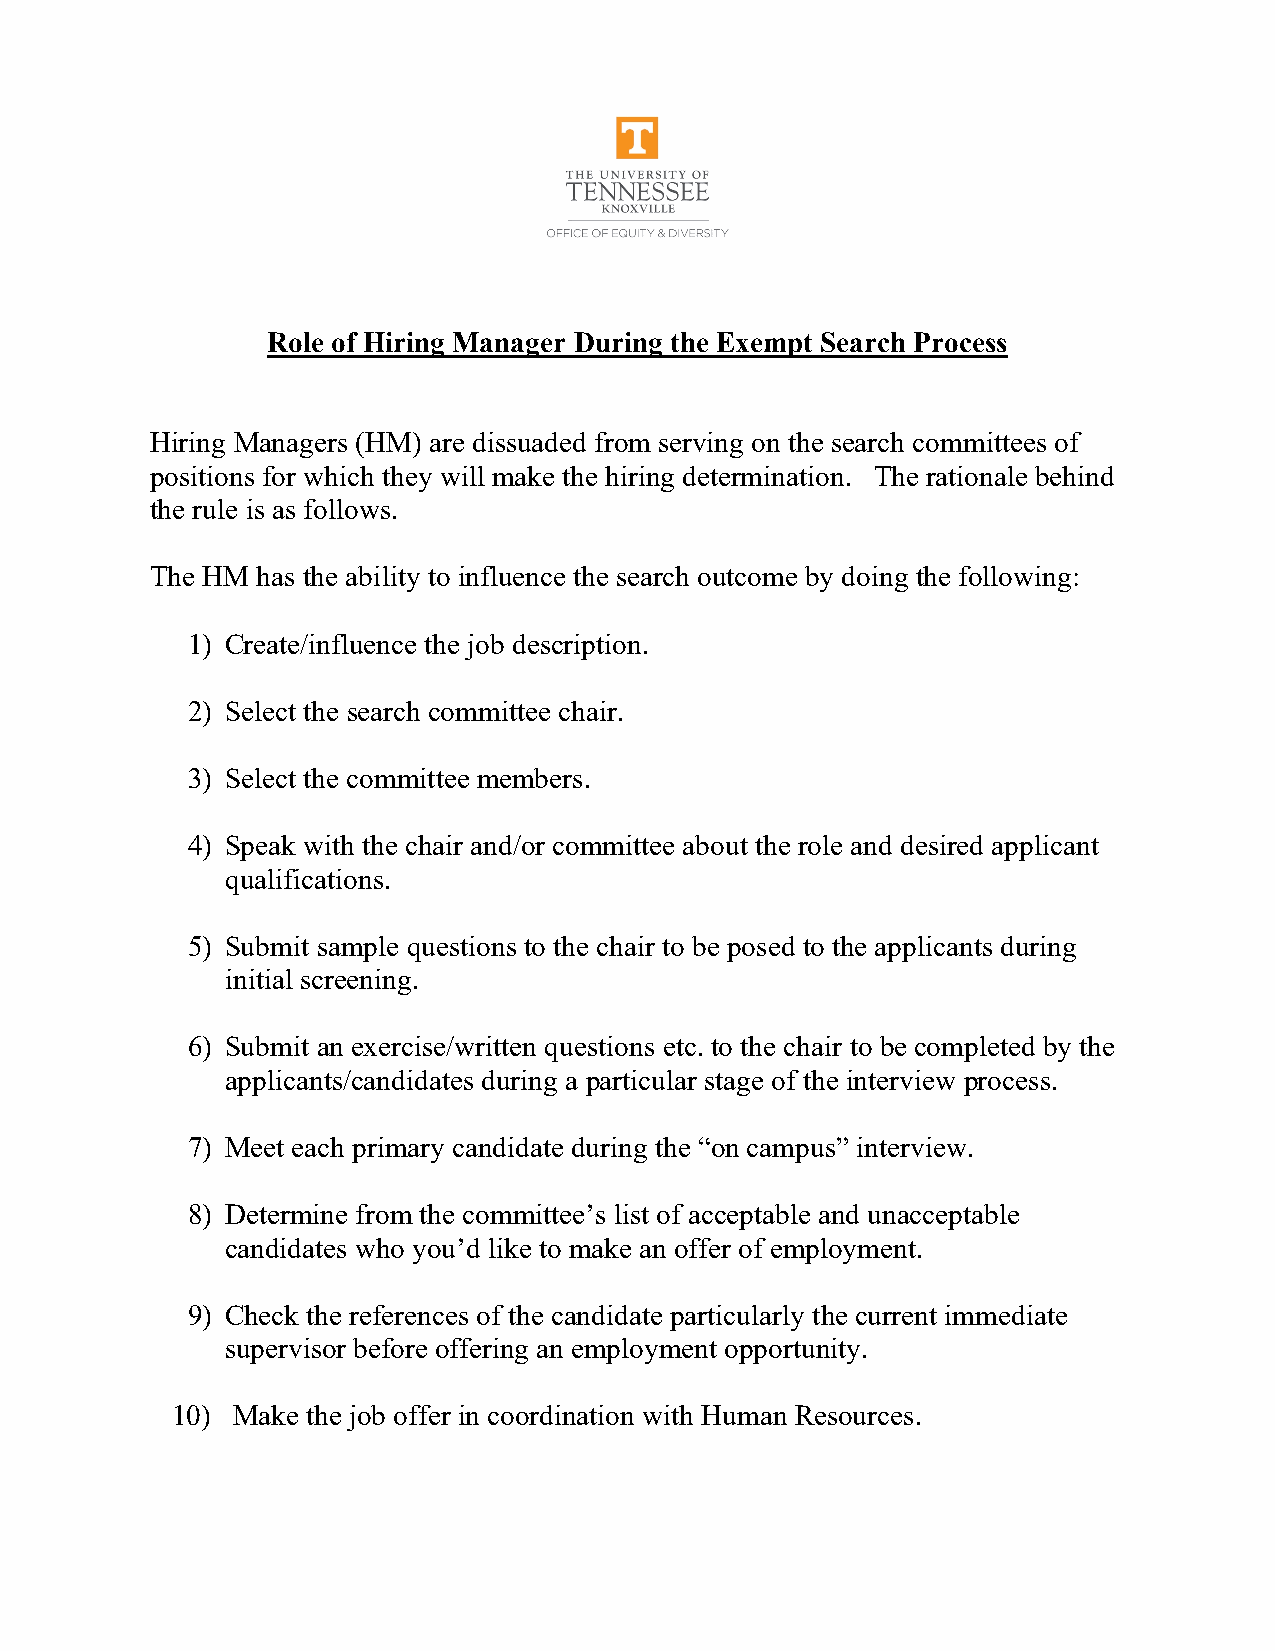
Role of Hiring Manager During the Exempt Search Process
 Hiring Managers (HM) are dissuaded from serving on the search committees of
 positions for which they will make the hiring determination. The rationale behind
 the rule is as follows.
 The HM has the ability to influence the search outcome by doing the following:
 1) Create/influence the job description.
 2) Select the search committee chair.
 3) Select the committee members.
 4) Speak with the chair and/or committee about the role and desired applicant
 qualifications.
 5) Submit sample questions to the chair to be posed to the applicants during
 initial screening.
 6) Submit an exercise/written questions etc. to the chair to be completed by the
 applicants/candidates during a particular stage of the interview process.
 7) Meet each primary candidate during the “on campus” interview.
 8) Determine from the committee’s list of acceptable and unacceptable
 candidates who you’d like to make an offer of employment.
 9) Check the references of the candidate particularly the current immediate
 supervisor before offering an employment opportunity.
 10) Make the job offer in coordination with Human Resources.